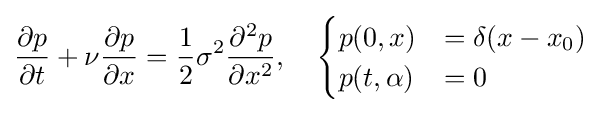
{\partial p \over {\partial t}}+\nu {\partial p \over {\partial x}}={1 \over {2}}\sigma ^{2}{\partial ^{2}p \over {\partial x^{2}}},\quad {\begin{cases}p(0,x)&=\delta (x-x_{0})\\p(t,\alpha )&=0\end{cases}}